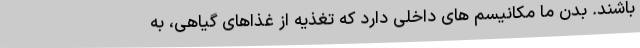
باشند. بدن ما مکانیسم های داخلی دارد که تغذیه از غذاهای گیاهی، به